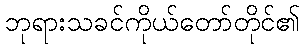
ဘုရားသခင်ကိုယ်တော်တိုင်၏